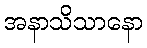
အနာသိသာနော